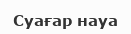
Суағар науа